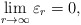
\begin{align*}\lim_{r\rightarrow \infty} \varepsilon_{r}=0,\end{align*}